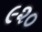
૯૨૦